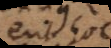
erit hoc